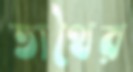
তাথৈর